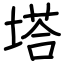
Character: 塔